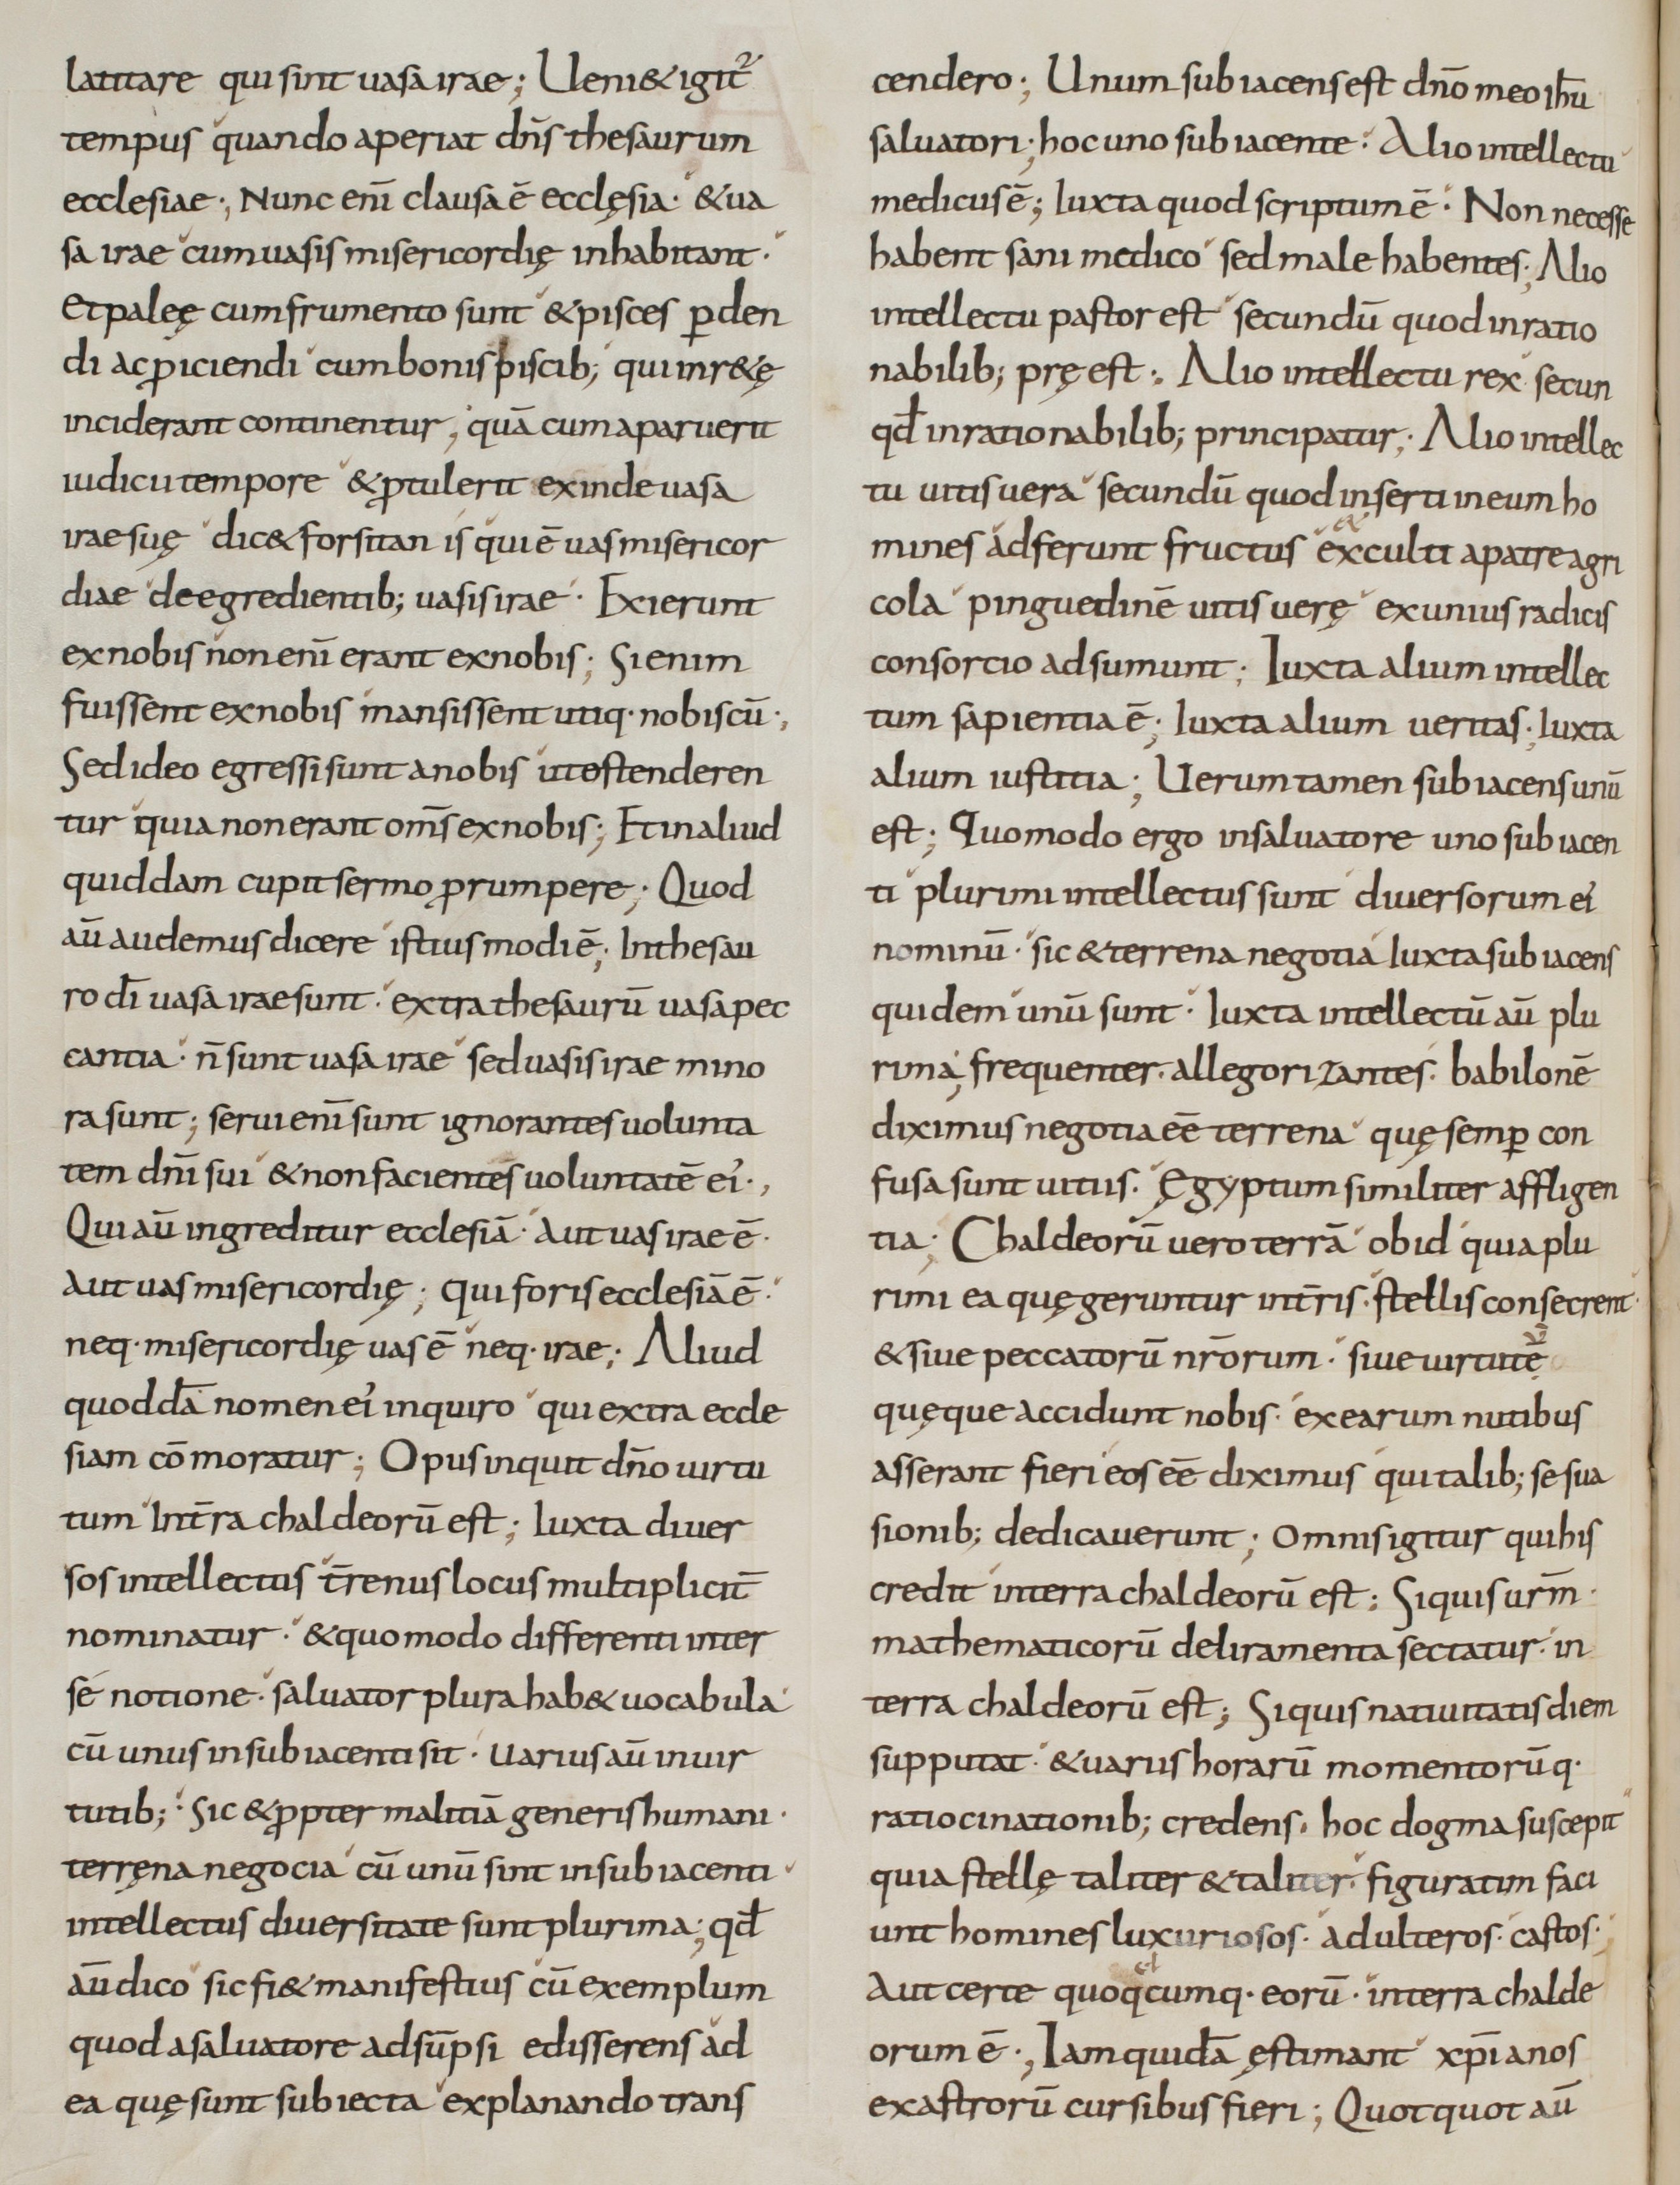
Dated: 800–899